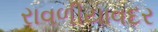
રાવળીયાવદર